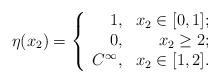
LaTeX: \begin{align*}\eta(x_2)=\left\{\begin{array}{rr} 1,&x_2\in [0,1];\\0,&x_2\geq 2;\\C^\infty,&x_2\in[1,2].\end{array}\right.\end{align*}